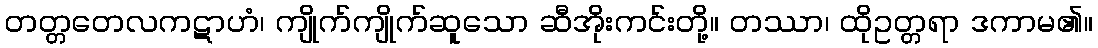
တတ္တတေလကဋာဟံ၊ ကျိုက်ကျိုက်ဆူသော ဆီအိုးကင်းတို့။ တဿာ၊ ထိုဥတ္တရာ ဒကာမ၏။